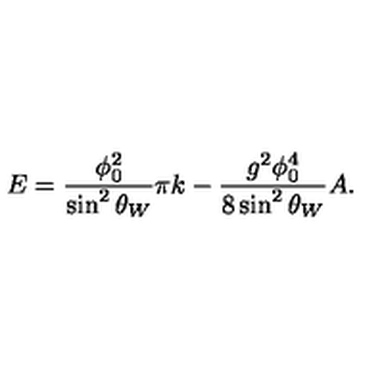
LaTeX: E = \frac { \phi _ { 0 } ^ { 2 } } { \sin ^ { 2 } \theta _ { W } } \pi k - \frac { g ^ { 2 } \phi _ { 0 } ^ { 4 } } { 8 \sin ^ { 2 } \theta _ { W } } A .